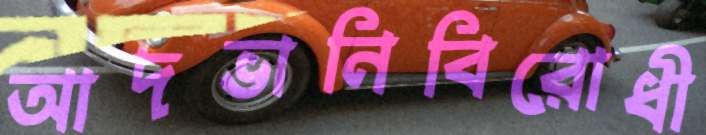
আদভানিবিরোধী